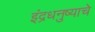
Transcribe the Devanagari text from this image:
इंद्रधनुष्याचे